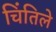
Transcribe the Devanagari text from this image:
चिंतिले